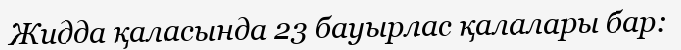
Жидда қаласында 23 бауырлас қалалары бар: